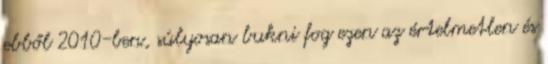
ebből 2010-ben, súlyosan bukni fog ezen az értelmetlen és